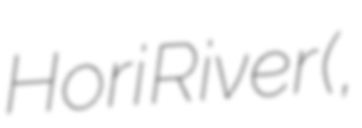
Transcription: Hori River (堀川,